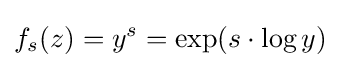
\displaystyle f_{s}(z)=y^{s}=\exp({s}\cdot \log y)